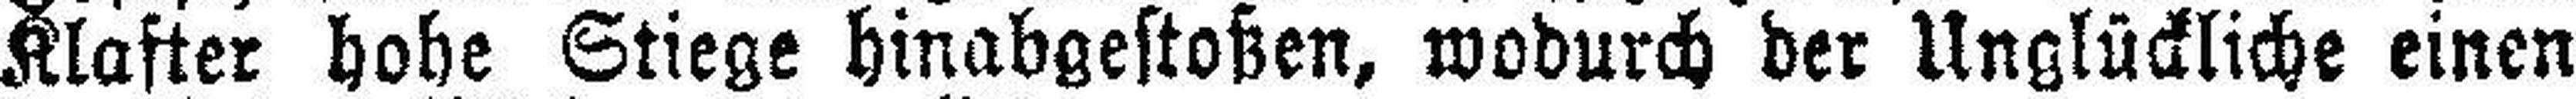
Klafter hohe Stiege hinabgestoßen, wodurch der Unglückliche einen